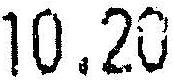
10.20